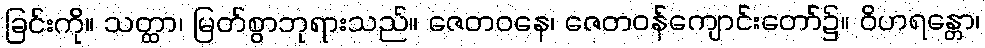
ခြင်းကို။ သတ္ထာ၊ မြတ်စွာဘုရားသည်။ ဇေတဝနေ၊ ဇေတဝန်ကျောင်းတော်၌။ ဝိဟရန္တော၊